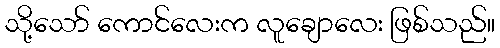
သို့သော် ကောင်လေးက လူချောလေး ဖြစ်သည်။